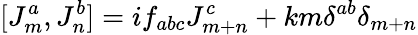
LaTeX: [J_{m}^{a},J_{n}^{b}]=if_{abc}J_{m+n}^{c}+km{\delta}^{ab}{\delta}_{m+n}